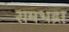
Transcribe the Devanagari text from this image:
रामभद्रा